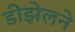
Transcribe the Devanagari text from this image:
डीझेलने